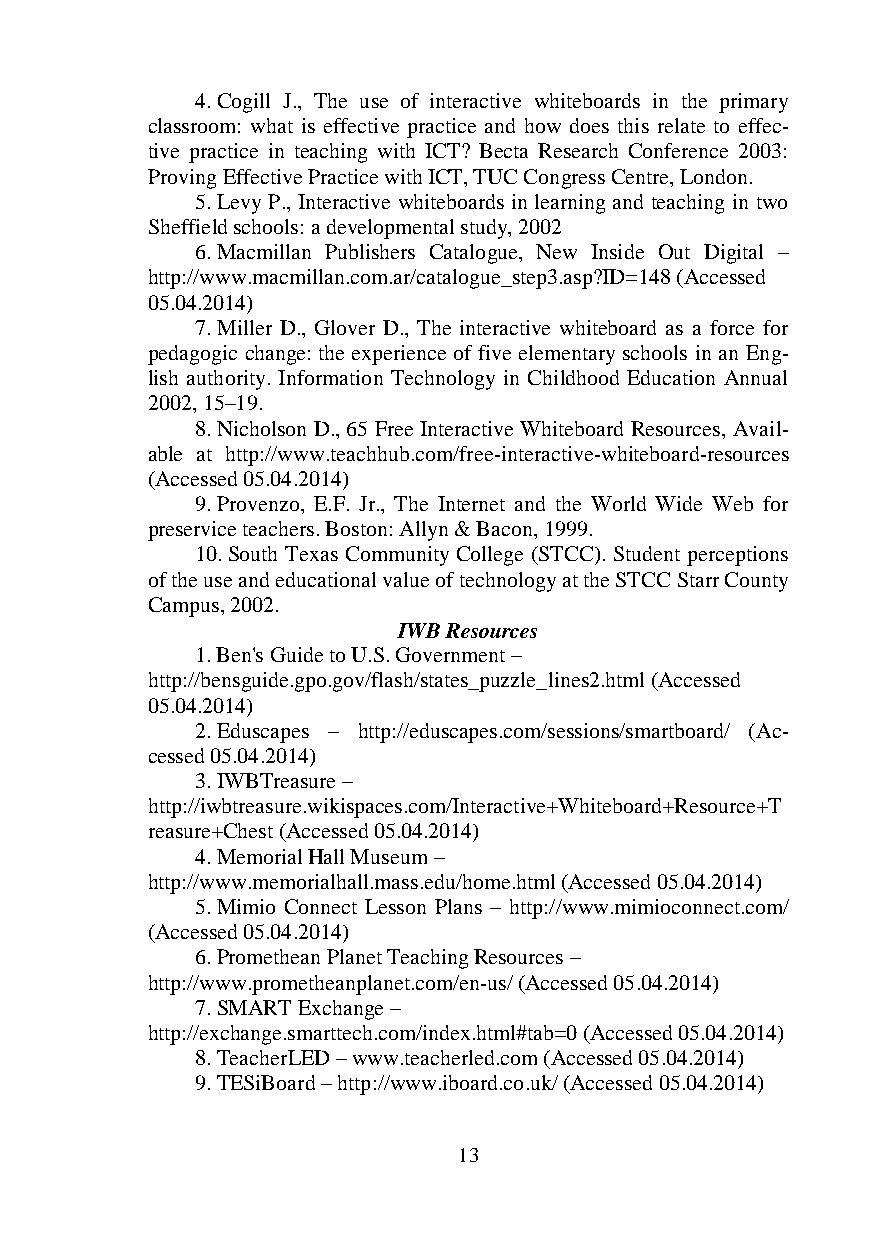
4. Cogill J., The use of interactive whiteboards in the primary
 classroom: what is effective practice and how does this relate to effec-
 tive practice in teaching with ICT? Becta Research Conference 2003:
 Proving Effective Practice with ICT, TUC Congress Centre, London.
 5. Levy P., Interactive whiteboards in learning and teaching in two
 Sheffield schools: a developmental study, 2002
 6. Macmillan Publishers Catalogue, New Inside Out Digital –
 http://www.macmillan.com.ar/catalogue_step3.asp?ID=148 (Accessed
 05.04.2014)
 7. Miller D., Glover D., The interactive whiteboard as a force for
 pedagogic change: the experience of five elementary schools in an Eng-
 lish authority. Information Technology in Childhood Education Annual
 2002, 15–19.
 8. Nicholson D., 65 Free Interactive Whiteboard Resources, Avail-
 able at http://www.teachhub.com/free-interactive-whiteboard-resources
 (Accessed 05.04.2014)
 9. Provenzo, E.F. Jr., The Internet and the World Wide Web for
 preservice teachers. Boston: Allyn & Bacon, 1999.
 10. South Texas Community College (STCC). Student perceptions
 of the use and educational value of technology at the STCC Starr County
 Campus, 2002.
 IWB Resources
 1. Ben's Guide to U.S. Government –
 http://bensguide.gpo.gov/flash/states_puzzle_lines2.html (Accessed
 05.04.2014)
 2. Eduscapes – http://eduscapes.com/sessions/smartboard/ (Ac-
 cessed 05.04.2014)
 3. IWBTreasure –
 http://iwbtreasure.wikispaces.com/Interactive+Whiteboard+Resource+T
 reasure+Chest (Accessed 05.04.2014)
 4. Memorial Hall Museum –
 http://www.memorialhall.mass.edu/home.html (Accessed 05.04.2014)
 5. Mimio Connect Lesson Plans – http://www.mimioconnect.com/
 (Accessed 05.04.2014)
 6. Promethean Planet Teaching Resources –
 http://www.prometheanplanet.com/en-us/ (Accessed 05.04.2014)
 7. SMART Exchange –
 http://exchange.smarttech.com/index.html#tab=0 (Accessed 05.04.2014)
 8. TeacherLED – www.teacherled.com (Accessed 05.04.2014)
 9. TESiBoard – http://www.iboard.co.uk/ (Accessed 05.04.2014)
 13